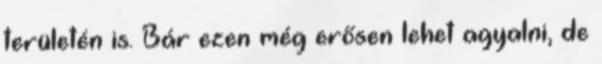
területén is. Bár ezen még erősen lehet agyalni, de